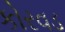
કોરવડ